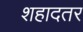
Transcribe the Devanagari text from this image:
शहादतर